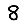
Digit: 8